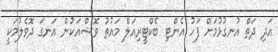
އަދި ދަތް އުނގުޅުމަށް ފަހު އެންޓި ބެކްޓީރިއަލް މައުތު ވޮޝްއަކުން އަނގަ ދޮވެލުމަކީ